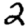
Digit: 2